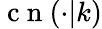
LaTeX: \mathrm{~c~n~}(\cdot|k)